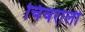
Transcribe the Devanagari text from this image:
चिचरोली